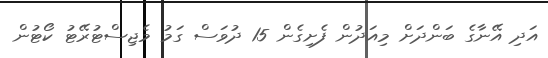
އަދި އޭނާގެ ބަންދަށް މިއަދުން ފެށިގެން 15 ދުވަސް ގަމު މެޖިސްޓުރޭޓު ކޯޓުން